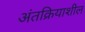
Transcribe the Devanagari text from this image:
अंतक्रियाशील